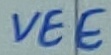
Text: VEE